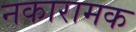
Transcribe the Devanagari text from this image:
नकारामक